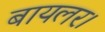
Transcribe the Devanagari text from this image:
बायलर।